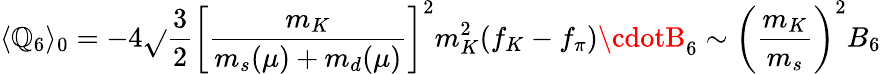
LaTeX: \langle\mathbb{Q}_{6}\rangle_{0}=-4\sqrt{}{{\frac{{3}}{{2}}}}\left[\frac{{m_{K}}}{{m_{s}(\mu)+m_{d}(\mu)}}\right]^{2}m_{K}^{2}(f_{K}-f_{\pi})\cdotB_{6}\sim\left(\frac{{m_{K}}}{{m_{s}}}\right)^{2}B_{6}